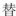
替